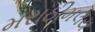
મરાઠીમલય